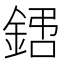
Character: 𨧙